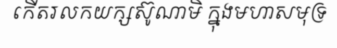
កើតរលកយក្សស៊ូណាមិ ក្នុងមហាសមុទ្រ